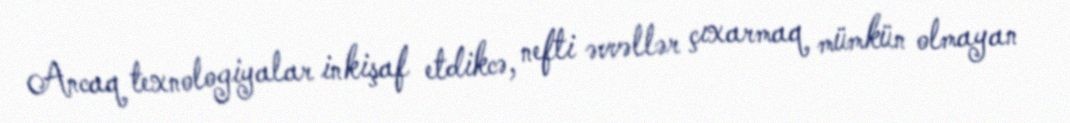
Ancaq texnologiyalar inkişaf etdikcə, nefti əvvəllər çıxarmaq mümkün olmayan